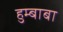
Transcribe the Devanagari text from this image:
हुम्बाबा